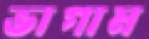
ভাগাম